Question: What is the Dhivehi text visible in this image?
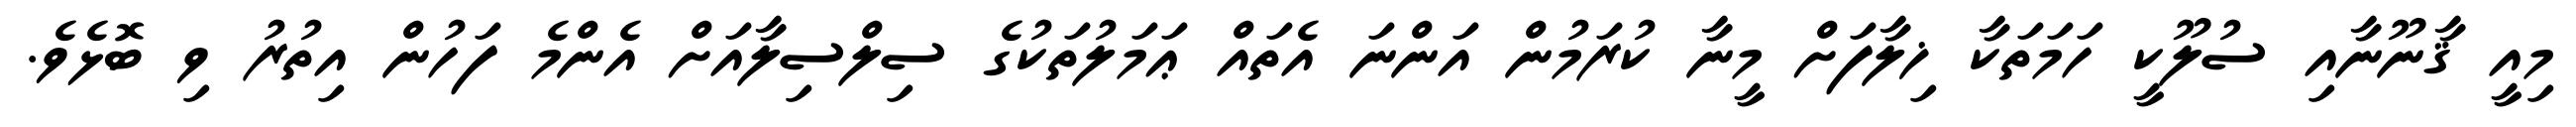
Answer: މިއީ ޤާނޫނާއި ސުލޫކީ ހަމަތަކާ ޚިލާފަށް މީނާ ކުރަމުން އަންނަ އެތައް ޢަމަލުތަކުގެ ސިލްސިލާއަށް އެންމެ ފަހުން އިތުރު ވި ބޮޅެވެ.